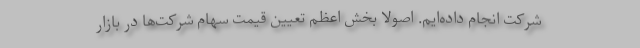
شرکت انجام داده‌ایم. اصولا بخش اعظم تعیین قیمت سهام شرکت‌ها در بازار